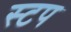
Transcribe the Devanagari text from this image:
स्टप